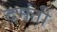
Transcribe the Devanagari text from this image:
दमंती